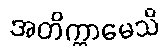
အတိက္ကာမေသိ